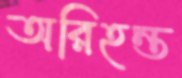
অরিহন্ত